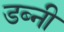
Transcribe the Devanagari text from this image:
डब्नी